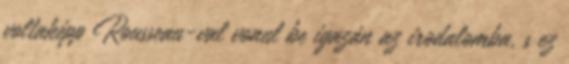
voltaképp Rousseau-val vonul be igazán az irodalomba, s ez